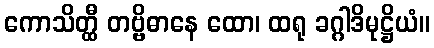
ကောသိတ္ထီ တဗ္ဗိဓာနေ ထော၊ ထရု ခဂ္ဂါဒိမုဋ္ဌိယံ။